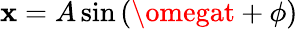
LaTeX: \mathbf{x}=A\sin\left(\omegat+\phi\right)